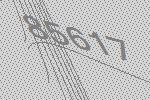
85617